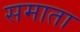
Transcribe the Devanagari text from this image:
समाता